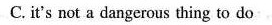
C.it's not a dangerous thing to do